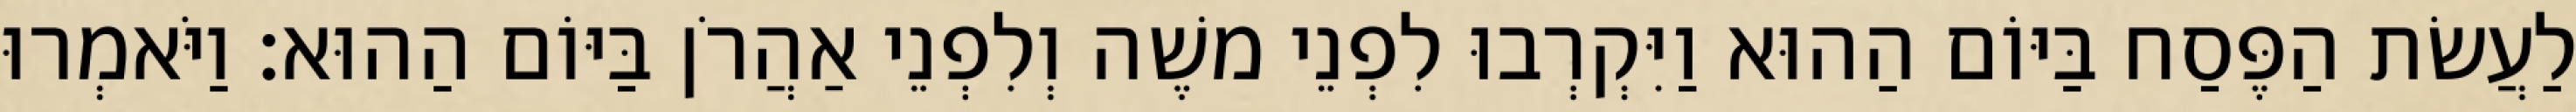
לַעֲשׂת הַפֶּסַח בַּיּוֹם הַהוּא וַיִּקְרְבוּ לִפְנֵי משֶׁה וְלִפְנֵי אַהֲרֹן בַּיּוֹם הַהוּא׃ וַיֹּאמְרוּ